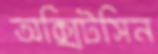
অক্সিটসিন